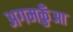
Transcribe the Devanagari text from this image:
अगमकुँआ